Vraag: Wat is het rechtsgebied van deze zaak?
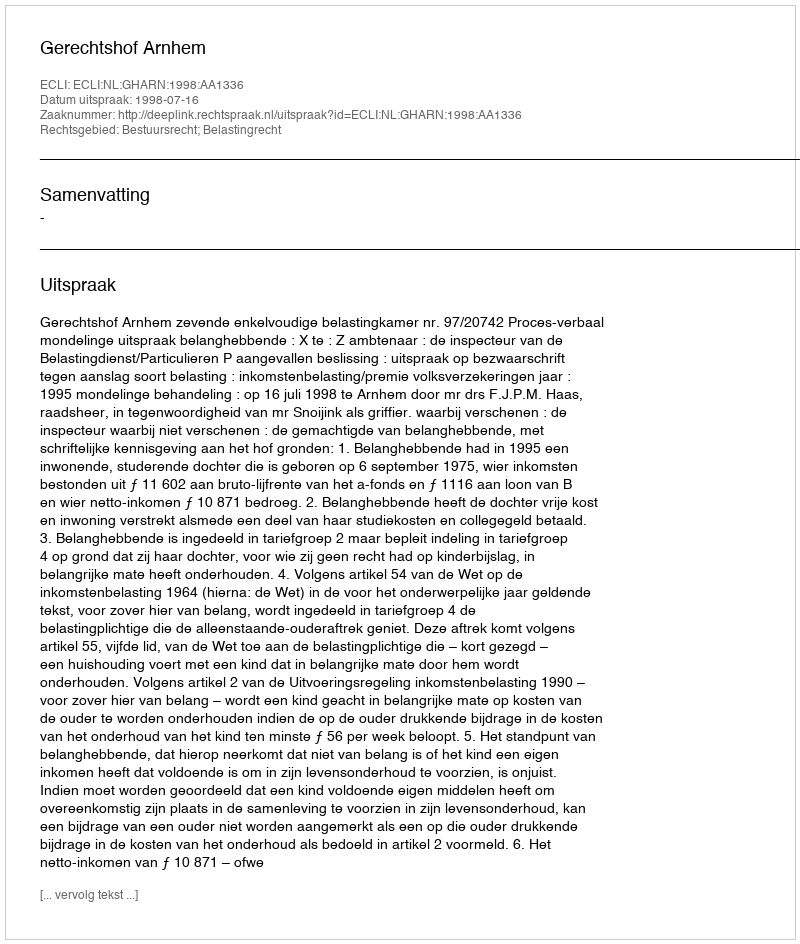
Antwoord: Bestuursrecht; Belastingrecht